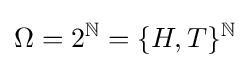
\Omega =2^{\mathbb {N} }=\{H,T\}^{\mathbb {N} }